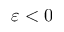
\varepsilon < 0